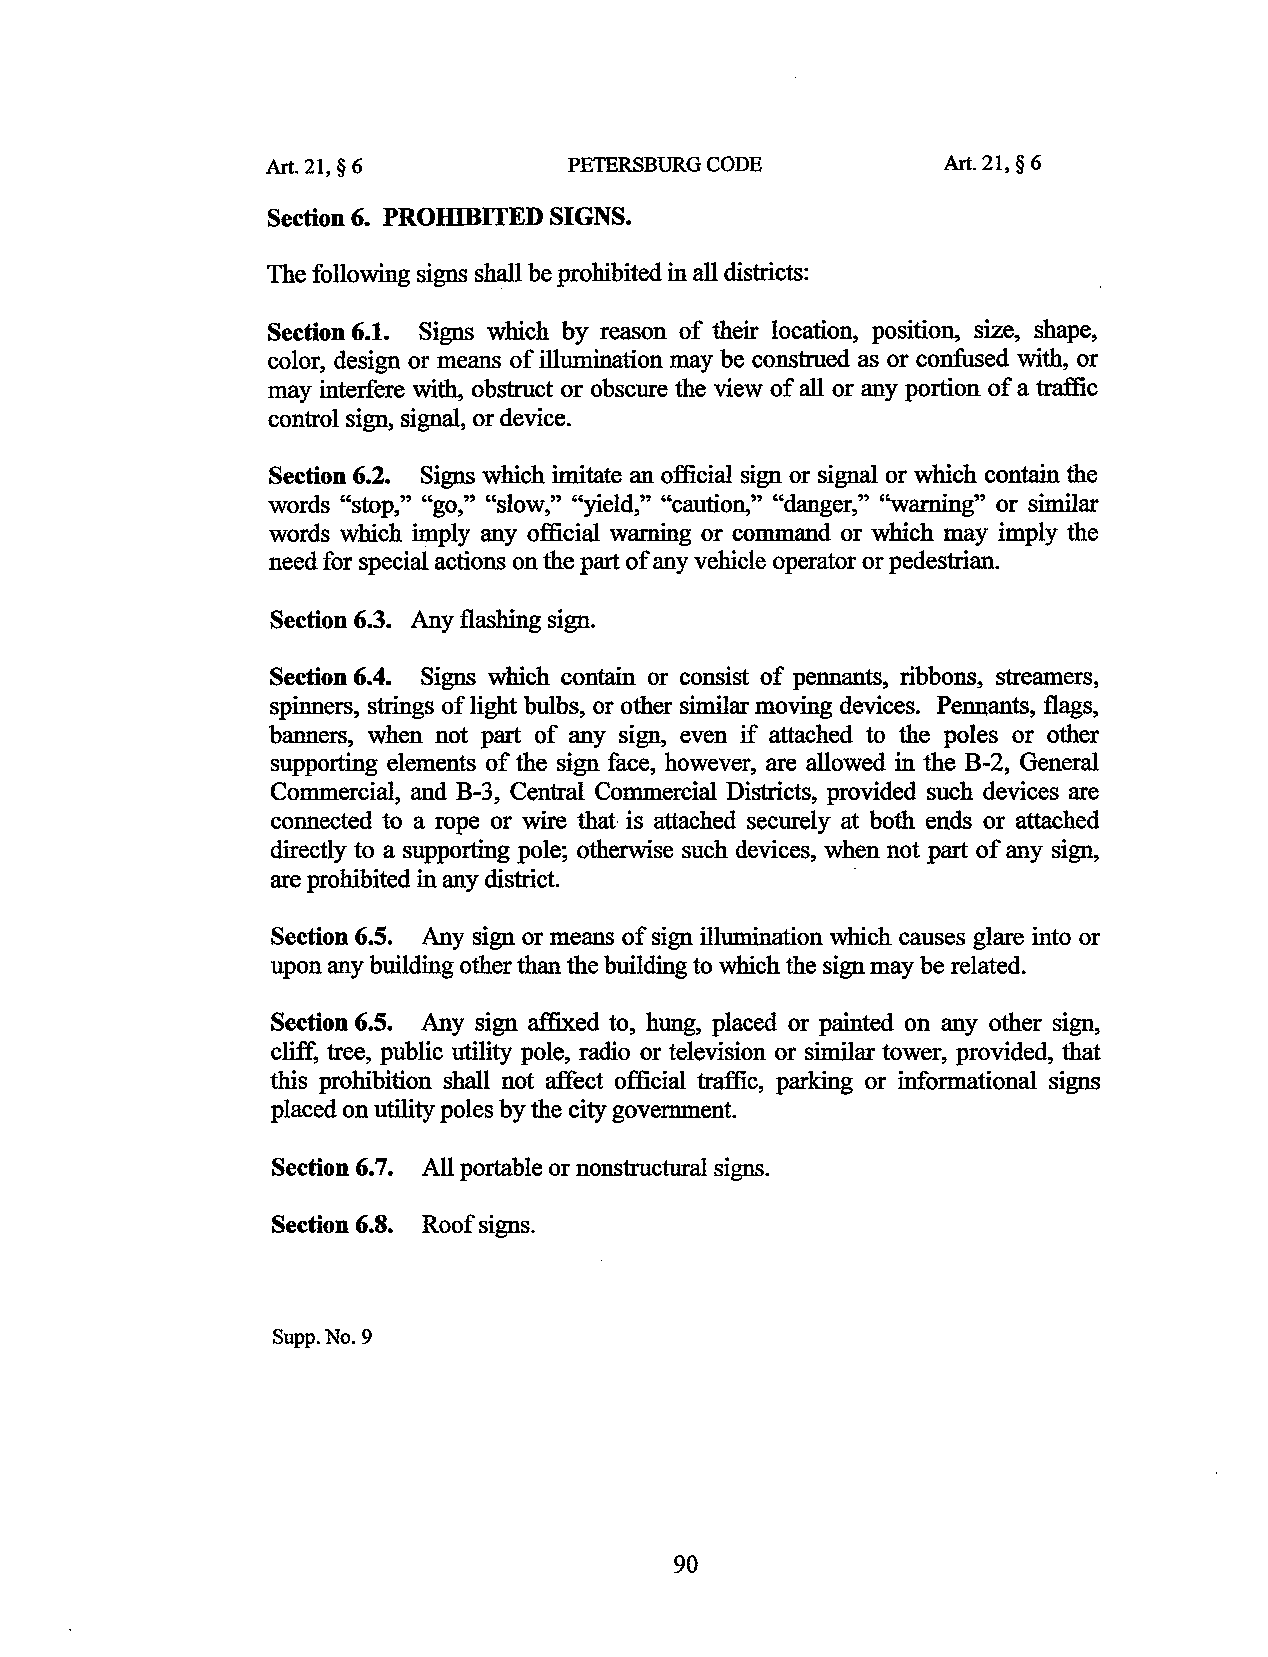
Art. 21, § 6        PETERSBURG CODE          Art. 21, § 6
 Section 6. PROIDBITED SIGNS.
 The following signs shall be prohibited in all districts:
 Section 6.1. Signs which by reason of their location, position, size, shape,
 color, design or means of illumination may be construed as or confused with, or
 may interfere with, obstruct or obscure the view of all or any portion of a traffic
 control sign, signal, or device.
 Section 6.2. Signs which imitate an official sign or signal or which contain the
 words "stop," "go," "slow," ''yield," "caution," "danger," ''warning" or similar
 words which ~ply any official warning or command or which may imply the
 need for special actions on the part of any vehicle operator or pedestrian.
 Section 6.3. Any flashing sign.
 Section 6.4. Signs which contain or consist of pennants, ribbons, streamers,
 spinners, strings of light bulbs, or other similar moving devices. Pennants, flags,
 banners, when not part of any sign, even if attached to the poles or other
 supporting elements of the sign face, however, are allowed in the B-2, General
 Commercial, and B-3, Central Commercial Districts, provided such devices are
 connected to a rope or wire that is attached securely at both ends or attached
 directly to a supporting pole; otherwise such devices, when not part of any sign,
 are prohibited in any district.        ·
 Section 6.5. Any sign or means of sign illumination which causes glare into or
 upon any building other than the building to which the sign may be related.
 Section 6.5. Any sign affixed to, hung, placed or painted on any other sign,
 cliff, tree, public utility pole, radio or television or similar tower, provided, that
 this prohibition shall not affect official traffic, parking or informational signs
 placed on utility poles by the city government.
 Section 6.7. All portable or nonstructural signs.
 Section 6.8. Roof signs.
 Supp.No. 9
 90